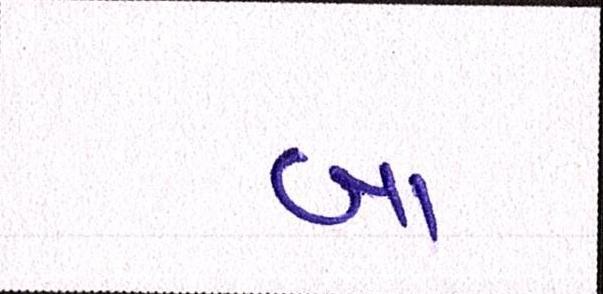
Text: બા